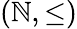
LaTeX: (\mathbb{N},\leq)